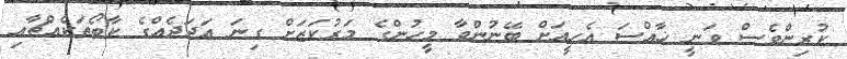
ކުރިންވެސް ވަނީ ޚާއްސަ އެހީއަށް ބޭނުންވާ މީހުންގެ މަރުކަޒަށް ގިނަ އަދަދެއްގެ ކާބޯތަކެއްޗާއި